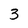
Character: 3